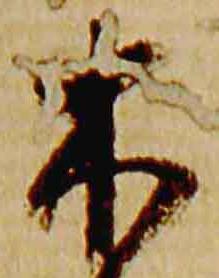
木